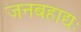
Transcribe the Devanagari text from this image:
जनबहाद्यः